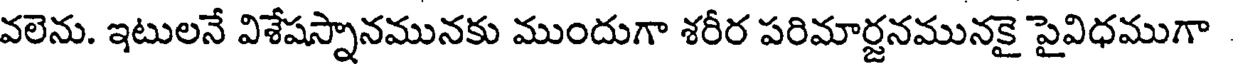
వలెను. ఇటులనే విశేషస్నానమునకు ముందుగా శరీర పరిమార్జనమునకై పైవిధముగా